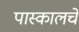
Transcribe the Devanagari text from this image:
पास्कालचे